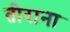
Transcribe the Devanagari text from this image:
तीराना